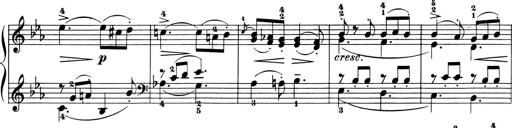
Title: 6 Piano Sonatinas
Composer: Cornelius Gurlitt